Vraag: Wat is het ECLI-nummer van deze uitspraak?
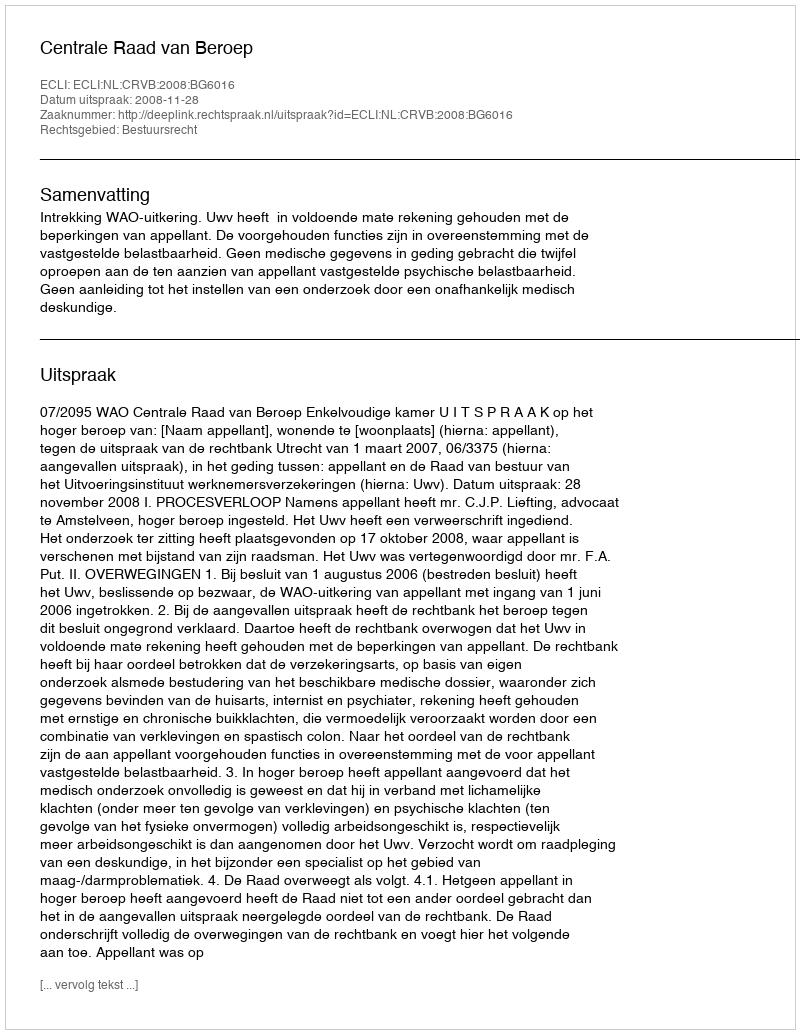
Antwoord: ECLI:NL:CRVB:2008:BG6016